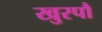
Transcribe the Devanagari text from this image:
खुरपौ